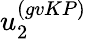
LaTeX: u_{2}^{(gvKP)}